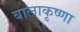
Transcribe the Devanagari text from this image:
बालाकृष्णा